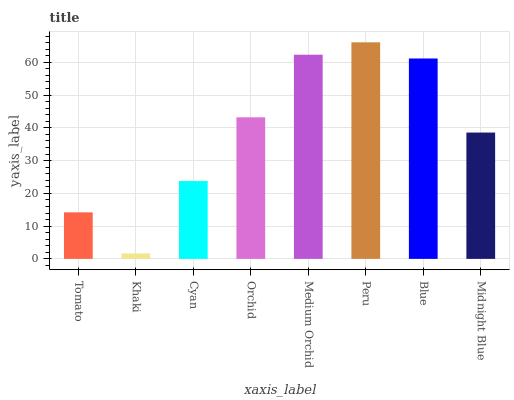
| xaxis_label | bars |
 | --- | --- |
 | Tomato | 14.2 |
 | Khaki | 1.66 |
 | Cyan | 23.8 |
 | Orchid | 43.2 |
 | Medium Orchid | 62.3 |
 | Peru | 66.1 |
 | Blue | 61.2 |
 | Midnight Blue | 38.6 |